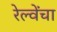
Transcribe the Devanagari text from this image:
रेल्वेंचा